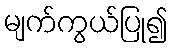
မျက်ကွယ်ပြု၍